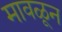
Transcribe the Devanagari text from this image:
मावळून